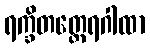
ရက္ခိတတ္ထေရဂါထာ